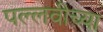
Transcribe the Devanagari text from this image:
पल्लवीच्या